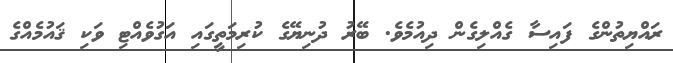
ރައްޔިތުންގެ ފައިސާ ގެއްލިގެން ދިއުމެވެ. ބޭރު ދުނިޔޭގެ ކުރިމަތީގައި އަގުވެއްޓި ވަކި ޤައުމެއްގެ